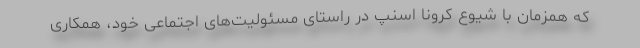
که همزمان با شیوع کرونا اسنپ در راستای مسئولیت‌های اجتماعی خود، همکاری